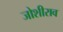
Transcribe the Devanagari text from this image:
जोशीराव